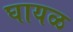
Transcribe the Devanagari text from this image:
घायळ